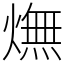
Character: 㷻